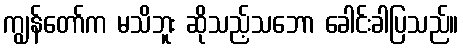
ကျွန်တော်က မသိဘူး ဆိုသည့်သဘော ခေါင်းခါပြသည်။